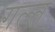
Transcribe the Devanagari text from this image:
गल्त